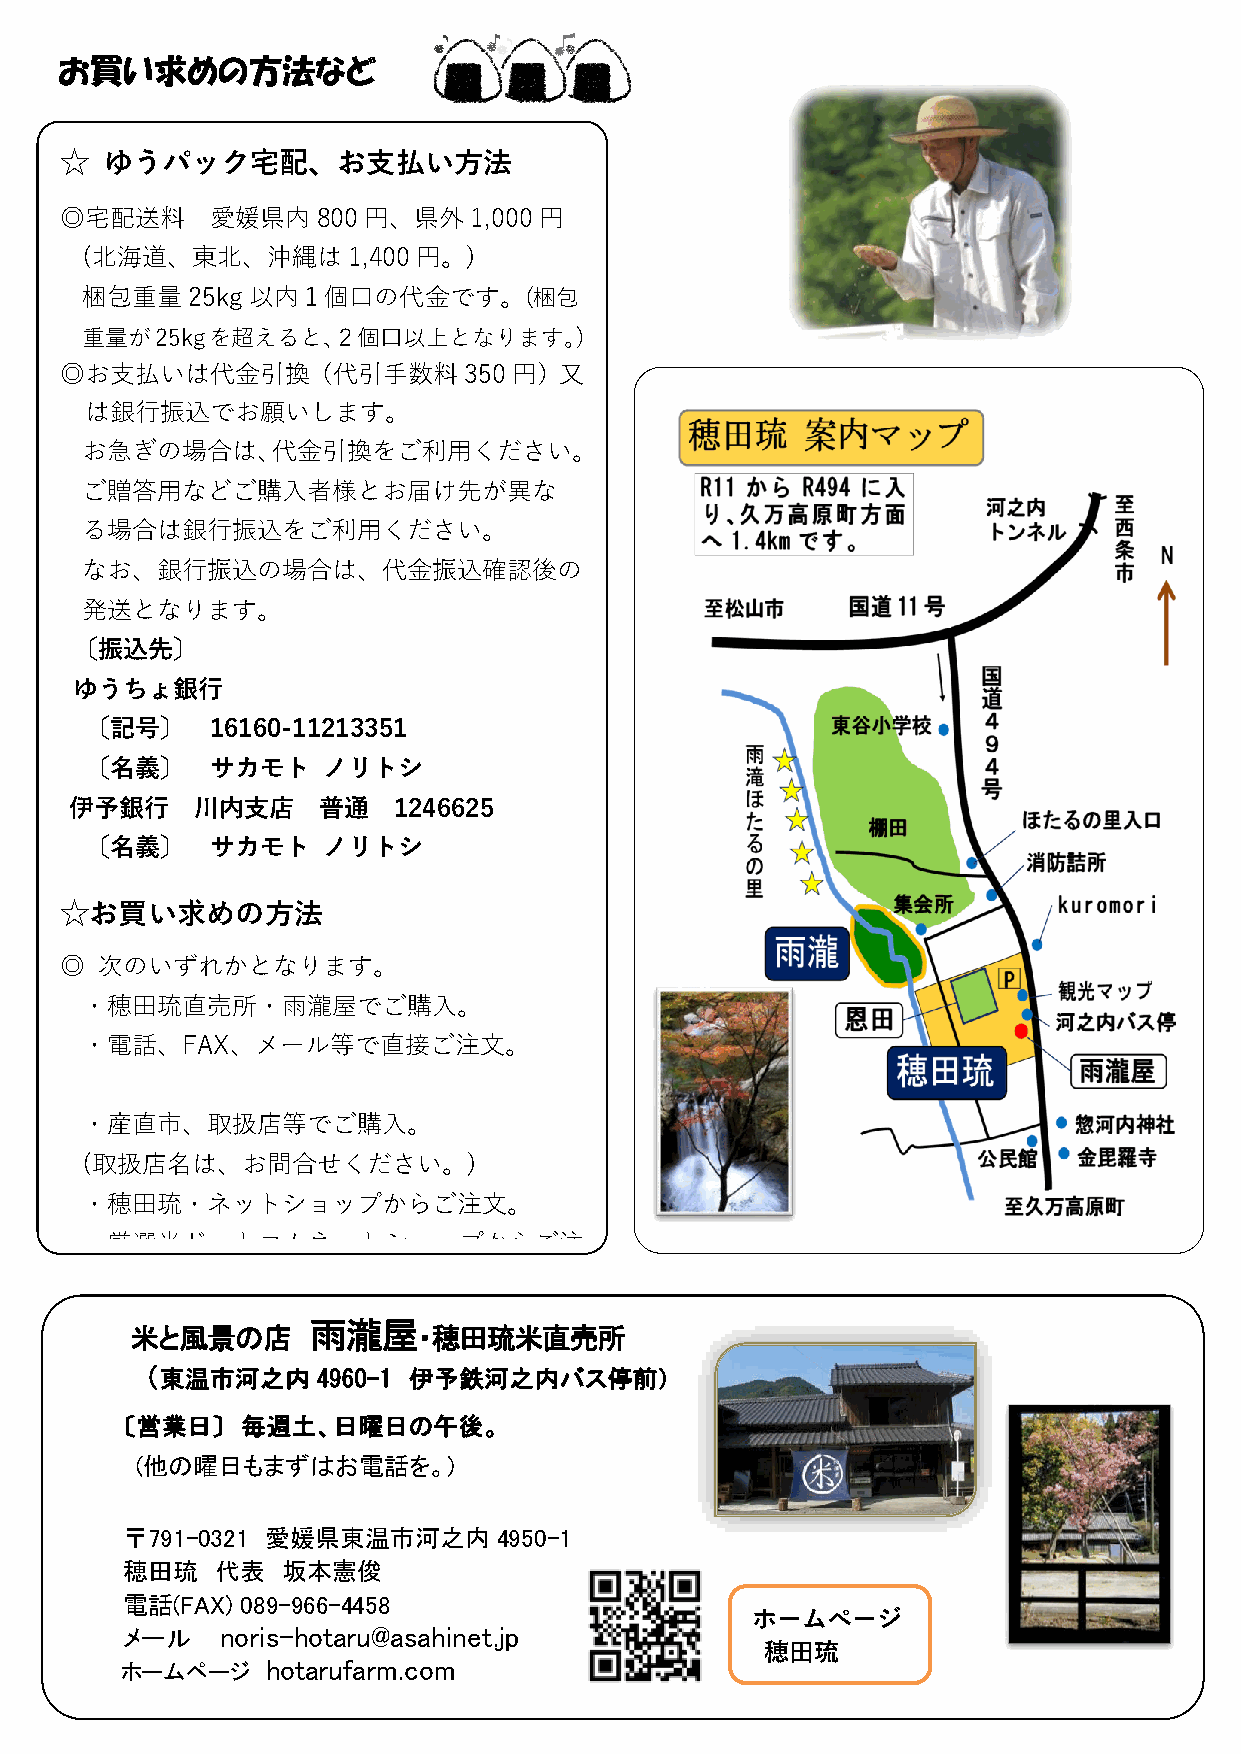
お買い求めの方法など
 ☆  ゆうパック宅配、お支払い方法
 ◎宅配送料     愛媛県内   800円、県外   1,000円
 (北海道、東北、沖縄は       1,400円。)
 梱包重量25kg    以内１個口の代金です。(梱包
 重量が25kgを超えると、２個口以上となります。)
 ◎お支払いは代金引換（代引手数料350円）又
 は銀行振込でお願いします。
 お急ぎの場合は、代金引換をご利用ください。
 ご贈答用などご購入者様とお届け先が異な
 る場合は銀行振込をご利用ください。
 なお、銀行振込の場合は、代金振込確認後の
 発送となります。
 〔振込先〕
 ゆうちょ銀行
 〔記号〕    16160-11213351
 〔名義〕    サカモト   ノリトシ
 伊予銀行    川内支店    普通   1246625
 〔名義〕    サカモト   ノリトシ
 ☆お買い求めの方法
 ◎ 次のいずれかとなります。
 ・穂田琉直売所・雨瀧屋でご購入。
 ・電話、FAX、メール等で直接ご注文。
 ・産直市、取扱店等でご購入。
 (取扱店名は、お問合せください。)
 ・穂田琉・ネットショップからご注文。
 ・厳選米ドットコムネットショップからご注
 雨瀧屋
 米と風景の店             ・穂田琉米直売所
 （東温市河之内    4960-1 伊予鉄河之内バス停前）
 〔営業日〕   毎週土、日曜日の午後。
 (他の曜日もまずはお電話を。)
 〒791-0321 愛媛県東温市河之内      4950-1
 HP
 穂田琉   代表   坂本憲俊
 電話(FAX) 089-966-4458
 ホームページ
 メール    noris-hotaru@asahinet.jp
 穂田琉
 ホームページ    hotarufarm.com